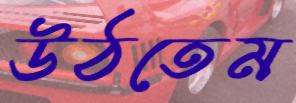
উঠতেম